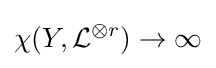
\chi (Y,{\mathcal {L}}^{\otimes r})\to \infty